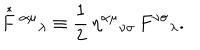
LaTeX: \stackrel { * } { F } { } ^ { \alpha \mu } { } _ { \lambda } \equiv \frac { 1 } { 2 } \, \eta ^ { \alpha \mu } { } _ { \nu \sigma } \, F ^ { \nu \sigma } { } _ { \lambda } .